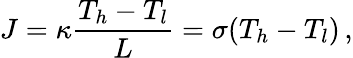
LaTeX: J=\kappa\frac{T_{h}-T_{l}}{L}=\sigma(T_{h}-T_{l})\, ,